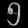
Digit: ၅